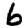
Digit: 6